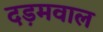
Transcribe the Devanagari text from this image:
दड़मवाल